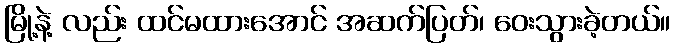
မြို့နဲ့ လည်း ထင်မထားအောင် အဆက်ပြတ်၊ ဝေးသွားခဲ့တယ်။